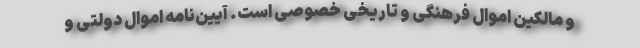
و مالکین اموال فرهنگی و تاریخی خصوصی است. آیین‌نامه اموال دولتی و